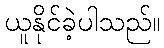
ယူနိုင်ခဲ့ပါသည်။